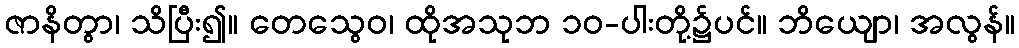
ဇာနိတွာ၊ သိပြီး၍။ တေသွေဝ၊ ထိုအသုဘ ၁၀-ပါးတို့၌ပင်။ ဘိယျော၊ အလွန်။